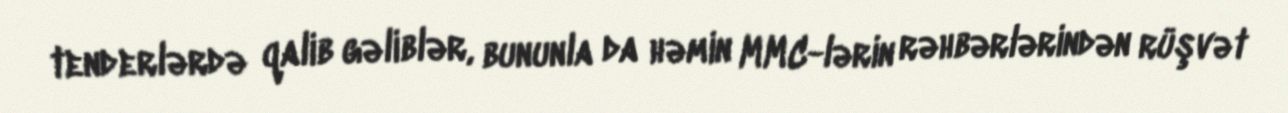
tenderlərdə qalib gəliblər, bununla da həmin MMC-lərin rəhbərlərindən rüşvət